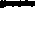
-